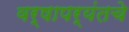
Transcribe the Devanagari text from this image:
वर्षापर्यंतचे